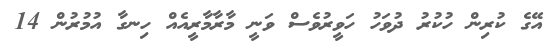
އޭގެ ކުރިން ހުކުރު ދުވަހު ހަވީރުވެސް ވަނީ މާރާމާރީއެއް ހިނގާ އުމުރުން 14